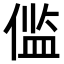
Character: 𫣉